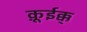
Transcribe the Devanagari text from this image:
क़ूईक्क्